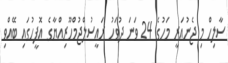
ސާލިހް މި ޖެނުއަރީ މަހުގެ 24 ވަނަ ދުވަހު ރައީސުލްޖުމްހޫރިއްޔާގެ އޮފީހުގައި ބޭއްވި